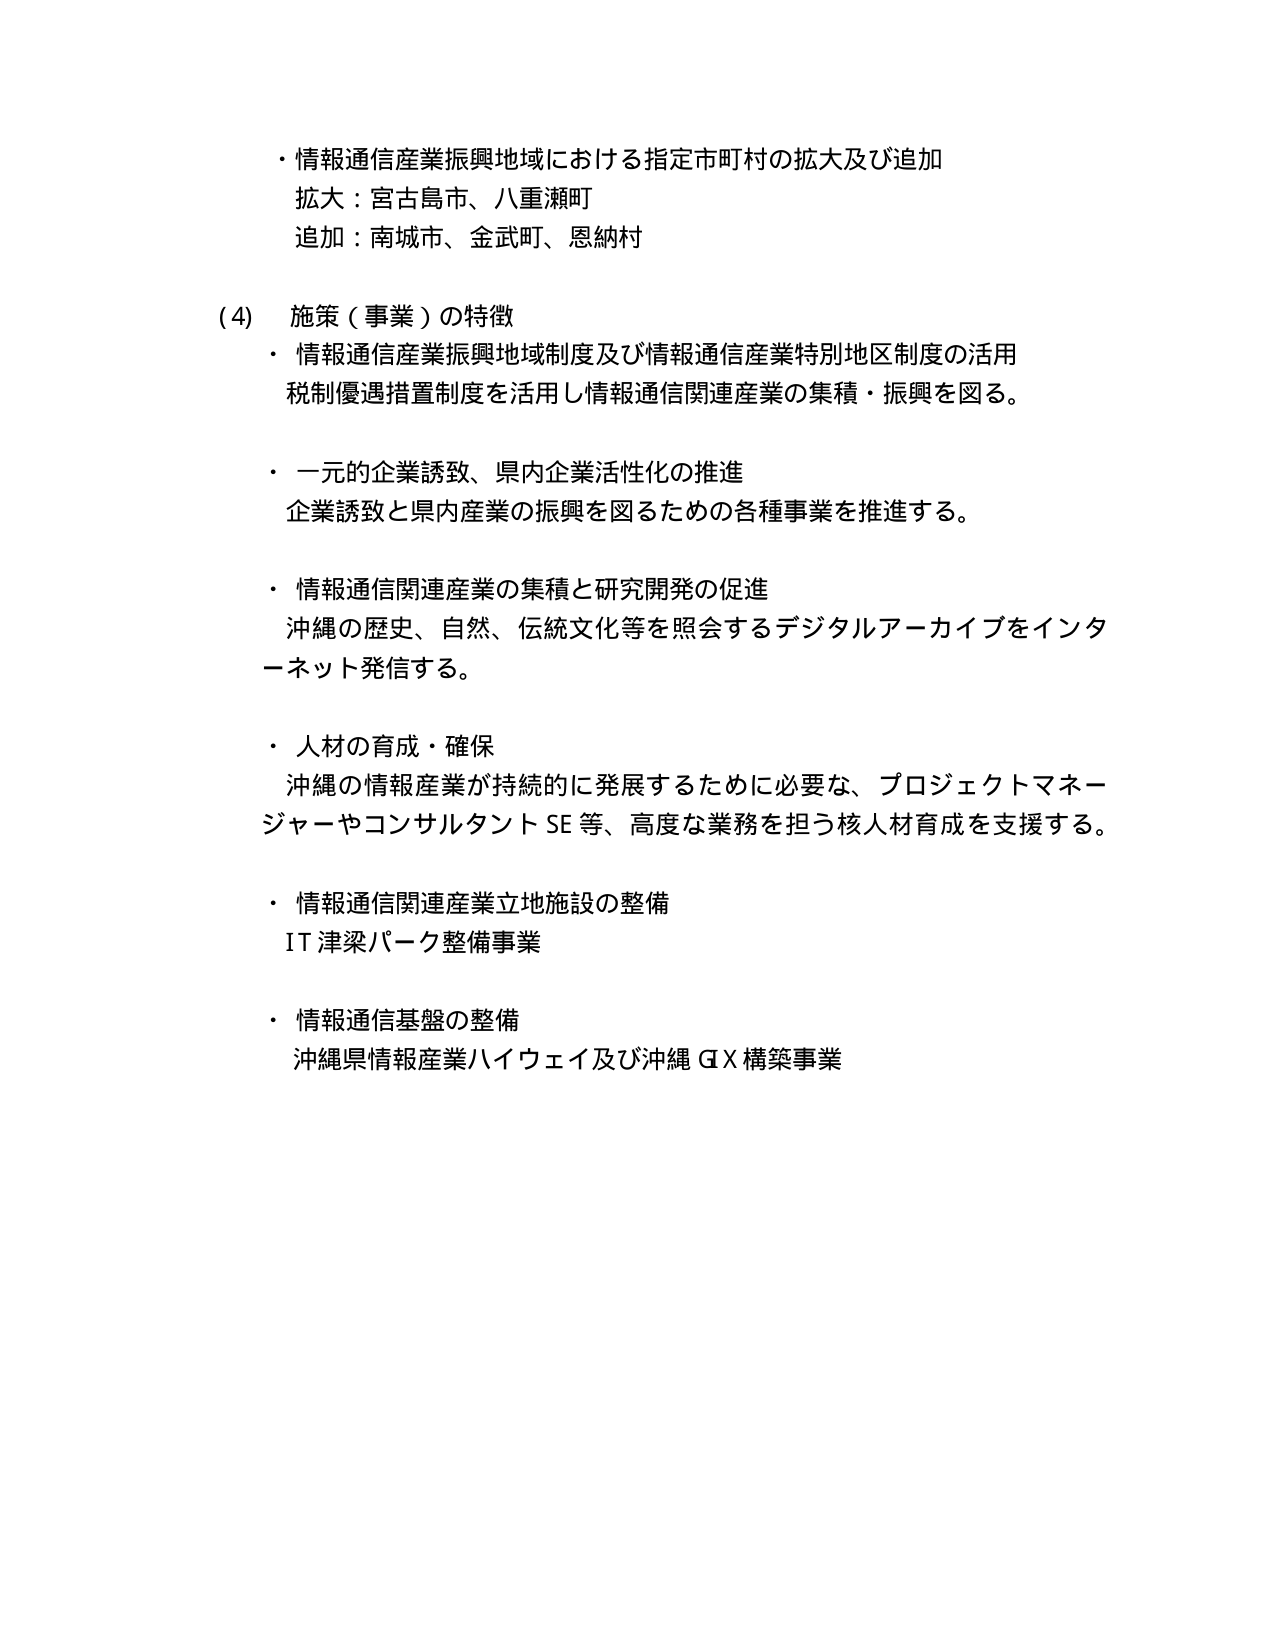
・情報通信産業振興地域における指定市町村の拡大及び追加
拡大：宮古島市、八重瀬町
追加：南城市、金武町、恩納村

(4) 施策（事業）の特徴
・情報通信産業振興地域制度及び情報通信産業特別地区制度の活用
税制優遇措置制度を活用し情報通信関連産業の集積・振興を図る。

・一元的企業誘致、県内企業活性化の推進
企業誘致と県内産業の振興を図るための各種事業を推進する。

・情報通信関連産業の集積と研究開発の促進
沖縄の歴史、自然、伝統文化等を照会するデジタルアーカイブをインターネット発信する。

・人材の育成・確保
沖縄の情報産業が持続的に発展するために必要な、プロジェクトマネージャーやコンサルタントSE等、高度な業務を担う核人材育成を支援する。

・情報通信関連産業立地施設の整備
IT津梁パーク整備事業

・情報通信基盤の整備
沖縄県情報産業ハイウェイ及び沖縄GX構築事業